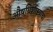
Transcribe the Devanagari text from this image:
औषधिशास्त्राचा